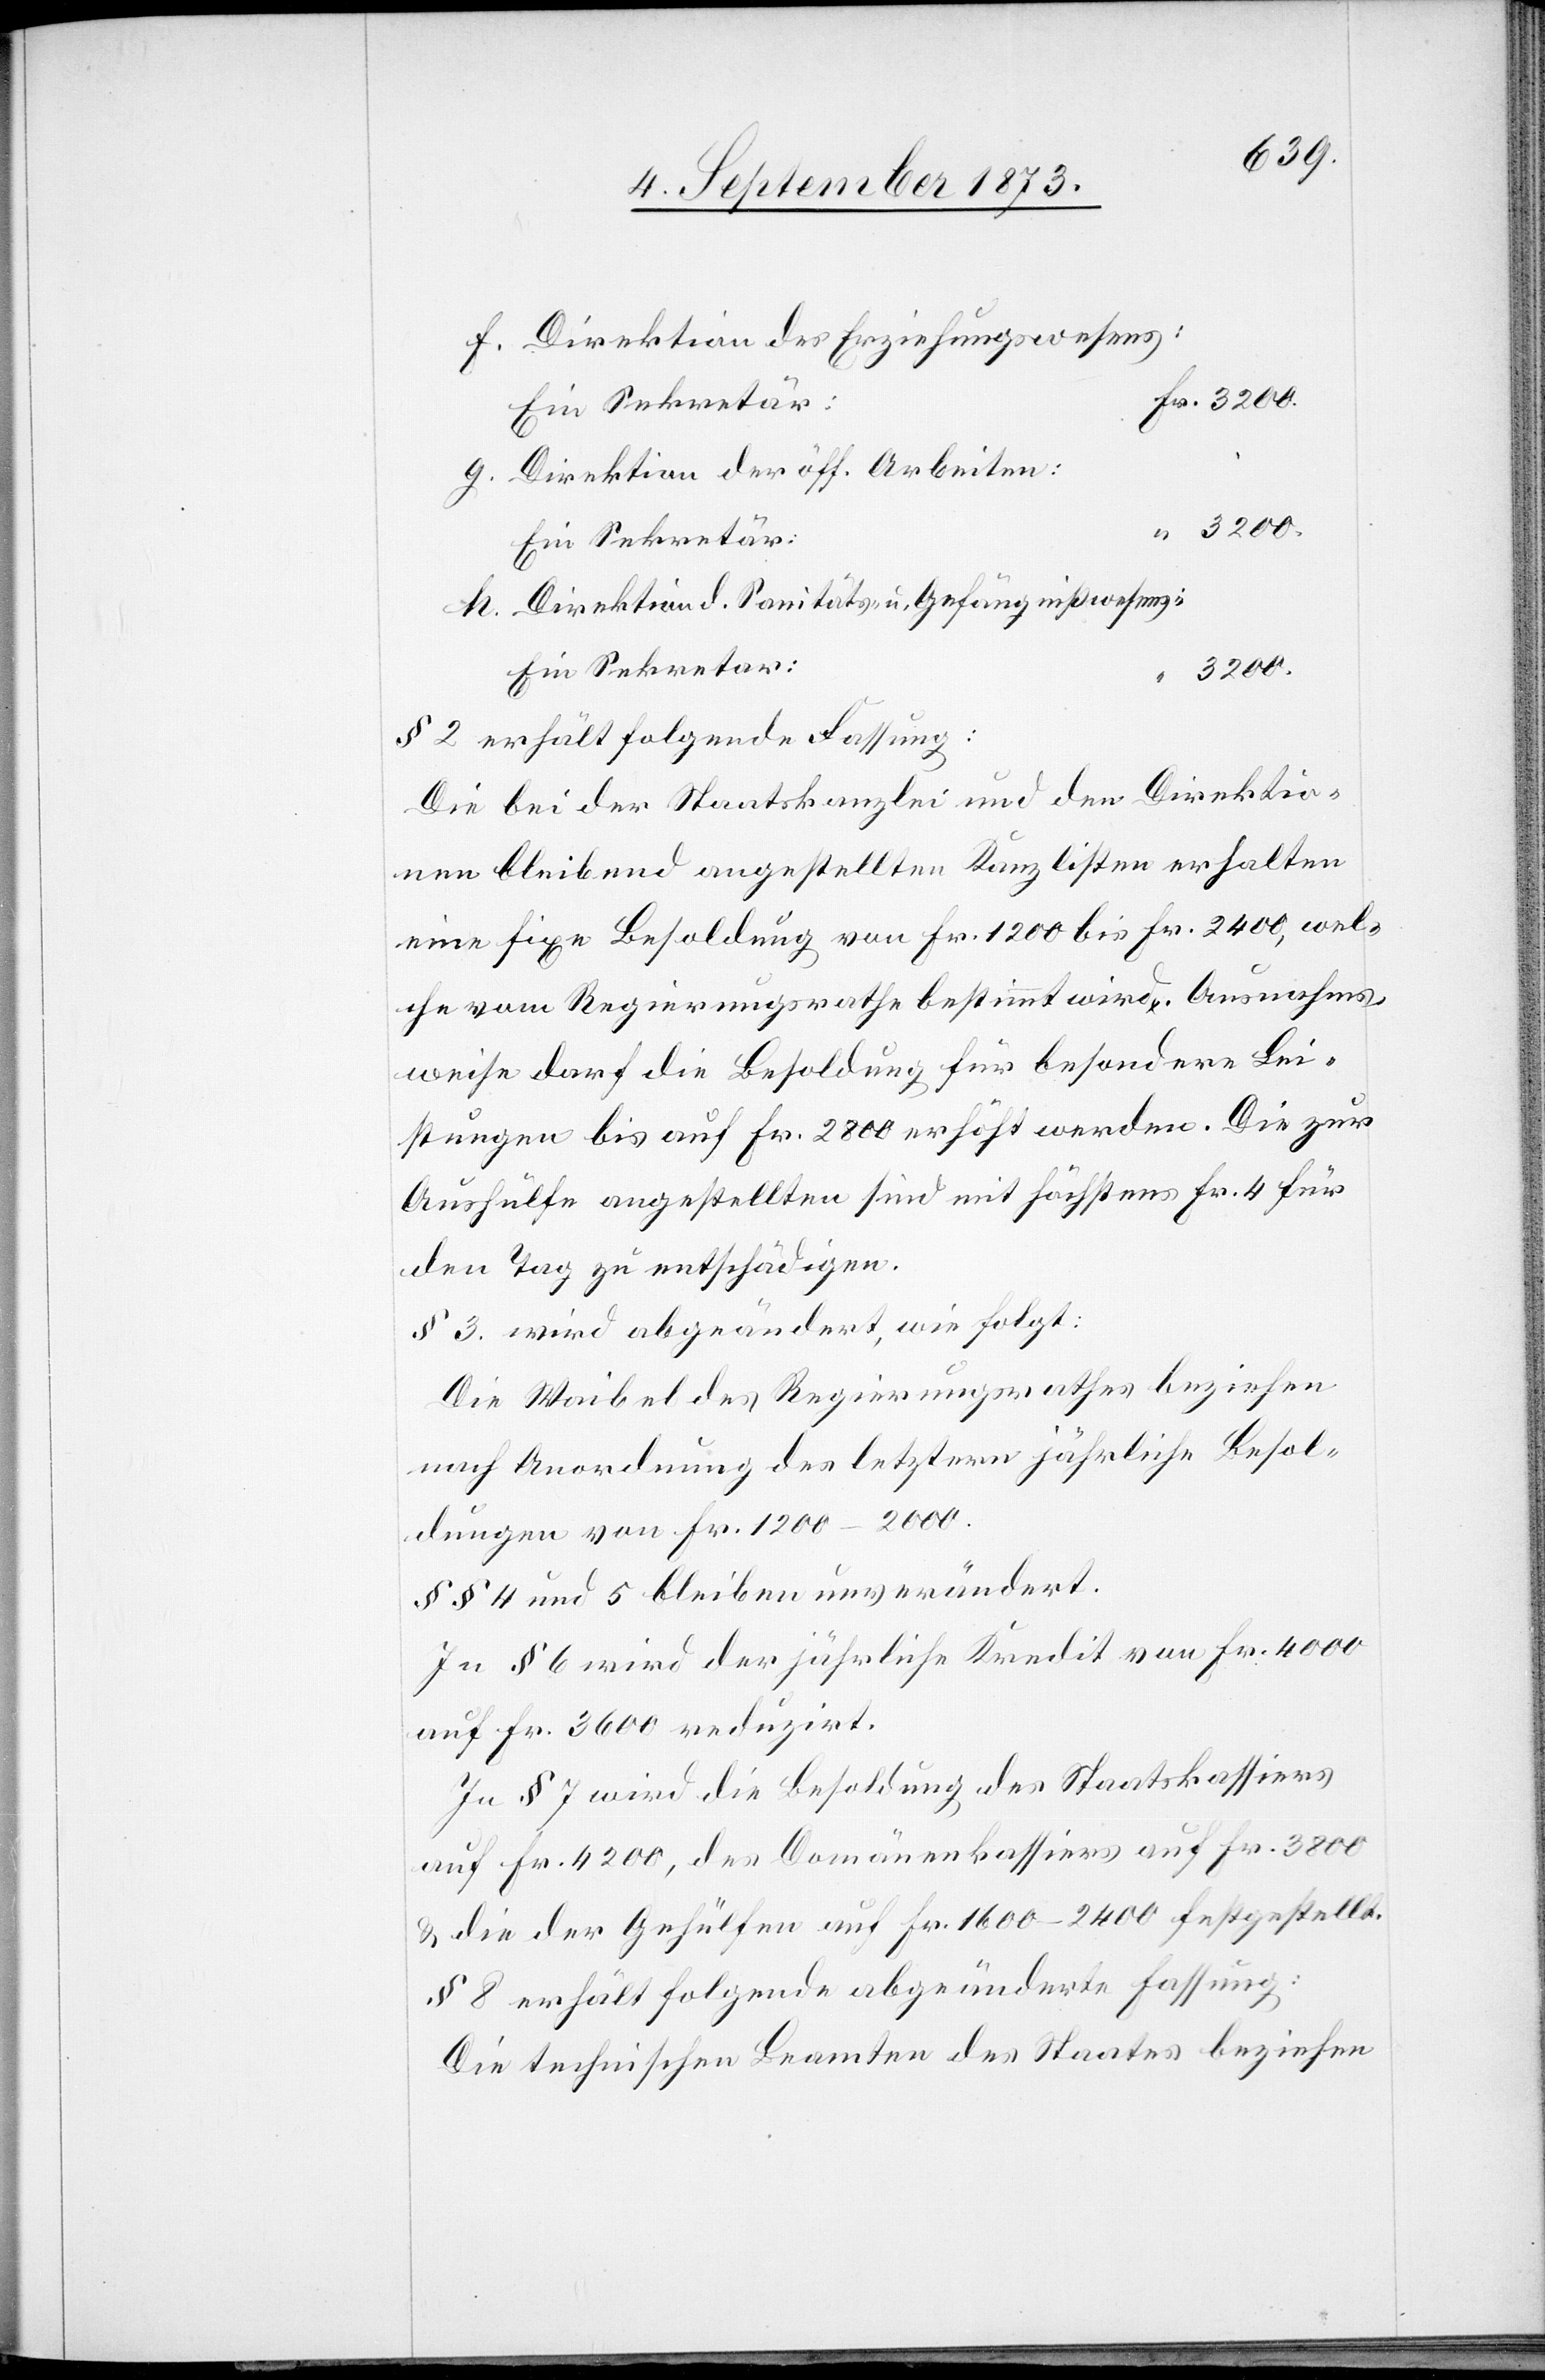
f. Direktion des Erziehungswesens:
g. Direktion der öff. Arbeiten:
h. Direktion d. Sanitäts- u. Gefängnißwesens
3 200.
§ 2 erhält folgende Fassung:
Die bei der Staatskanzlei und den Direktio¬
nen bleibend angestellten Kanzlisten erhalten
eine fixe Besoldung von Fr. 1 200 bis Fr. 2 400, wel¬
che vom Regierungsrathe bestimmt wird. Ausnahms¬
weise darf die Besoldung für besondere Lei¬
stungen bis auf Fr. 2 800 erhöht werden. Die zur
Aushülfe angestellten sind mit höchstens Fr. 4 für
den Tag zu entschädigen.
§ 3. wird abgeändert, wie folgt:
Die Waibel des Regierungsrathes beziehen
nach Anordnung des letztern jährliche Besol¬
dungen von Fr. 1 200–2 000.
§§ 4 und 5 bleiben unverändert.
In § 6 wird der jährliche Kredit von Fr. 4 000
auf Fr. 3 600 reduzirt.
In § 7 wird die Besoldung des Staatskassiers
auf Fr. 4 200, des Domänenkassiers auf Fr. 3 800
& die der Gehülfen auf Fr. 1 600–2 400 festgestellt.
§ 8 erhält folgende abgeänderte Fassung:
Die technischen Beamten des Staates beziehen